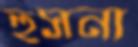
হুসনা